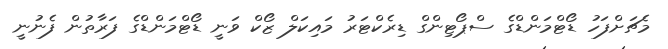
މެޗަށްފަހު ޑޯޓްމަންޑްގެ ސްޕޯޓިންގް ޑިރެކްޓަރު މައިކަލް ޒޯކް ވަނީ ޑޯޓްމަންޑްގެ ފަރާތުން ފެނުނީ